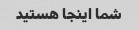
شما اینجا هستید